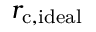
r _ { \mathrm { c , i d e a l } }